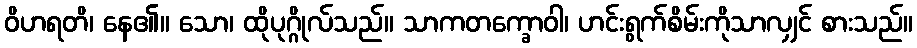
ဝိဟရတိ၊ နေ၏။ သော၊ ထိုပုဂ္ဂိုလ်သည်။ သာကတက္ခောဝါ၊ ဟင်းရွက်စိမ်းကိုသာလျှင် စားသည်။